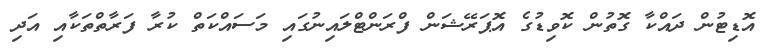
އޮޑިޓުން ދައްކާ ގޮތުން ކޮވިޑުގެ އޮޕަރޭޝަން ފްރަންޓްލައިނުގައި މަސައްކަތް ކުރާ ފަރާތްތަކާއި އަދި